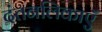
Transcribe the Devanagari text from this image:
दंतनलिकाएँ